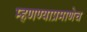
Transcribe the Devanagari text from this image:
म्हणण्याप्रमाणेच